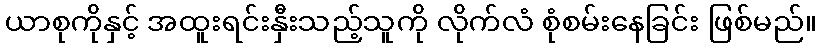
ယာစုကိုနှင့် အထူးရင်းနှီးသည့်သူကို လိုက်လံ စုံစမ်းနေခြင်း ဖြစ်မည်။